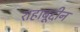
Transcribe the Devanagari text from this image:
शहाबूद्दीन